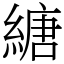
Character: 䌅